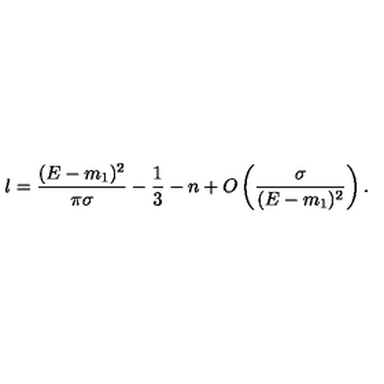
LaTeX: l = \frac { ( E - m _ { 1 } ) ^ { 2 } } { \pi \sigma } - \frac { 1 } { 3 } - n + O \left( \frac { \sigma } { ( E - m _ { 1 } ) ^ { 2 } } \right) .